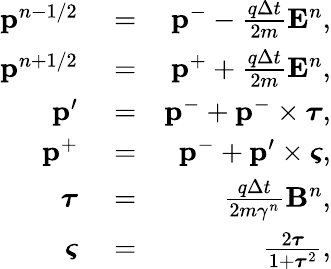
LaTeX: \begin{array}{rlr}{\mathbf{p}^{n-1/2}}&{{}=}&{\mathbf{p}^{-}-\frac{q\Delta t}{2m}\mathbf{E}^{n},}\\ {\mathbf{p}^{n+1/2}}&{{}=}&{\mathbf{p}^{+}+\frac{q\Delta t}{2m}\mathbf{E}^{n},}\\ {\mathbf{p}^{\prime}}&{{}=}&{\mathbf{p}^{-}+\mathbf{p}^{-}\times\boldsymbol{\tau},}\\ {\mathbf{p}^{+}}&{{}=}&{\mathbf{p}^{-}+\mathbf{p}^{\prime}\times\boldsymbol{\varsigma},}\\ {\boldsymbol{\tau}}&{{}=}&{\frac{q\Delta t}{2m\gamma^{n}}\mathbf{B}^{n},}\\ {\boldsymbol{\varsigma}}&{{}=}&{\frac{2\boldsymbol{\tau}}{1+\boldsymbol{\tau}^{2}},}\end{array}